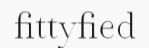
fittyfied